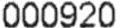
000920